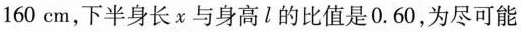
160cm，下半身长χ与身高l的比值是0.60，为尽可能